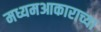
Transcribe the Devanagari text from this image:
मध्यमआकाराच्या